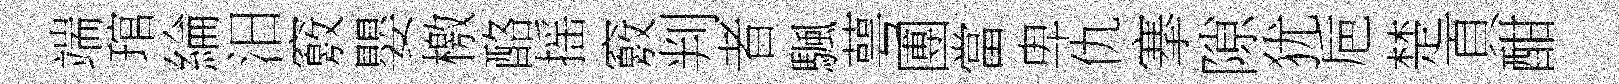
端琯綸汨竅嬰檄酪摇竅判者颿萼圑當卑仇搴隙犹巵楚頁酣